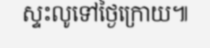
ស្ទះលូទៅថ្ងៃក្រោយ៕